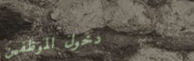
دخول الموظفين